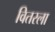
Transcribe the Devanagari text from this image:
वितरला